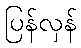
ပြန်လှန်